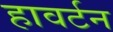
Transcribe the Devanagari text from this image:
हावर्टन